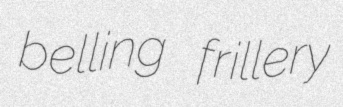
belling frillery